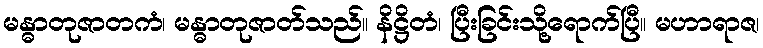
မန္ဓာတုဇာတကံ၊ မန္ဓာတုဇာတ်သည်။ နိဋ္ဌိတံ၊ ပြီးခြင်းသို့ရောက်ပြီ။ မဟာရာဇ၊